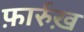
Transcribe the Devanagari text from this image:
फ़ार्रुख़